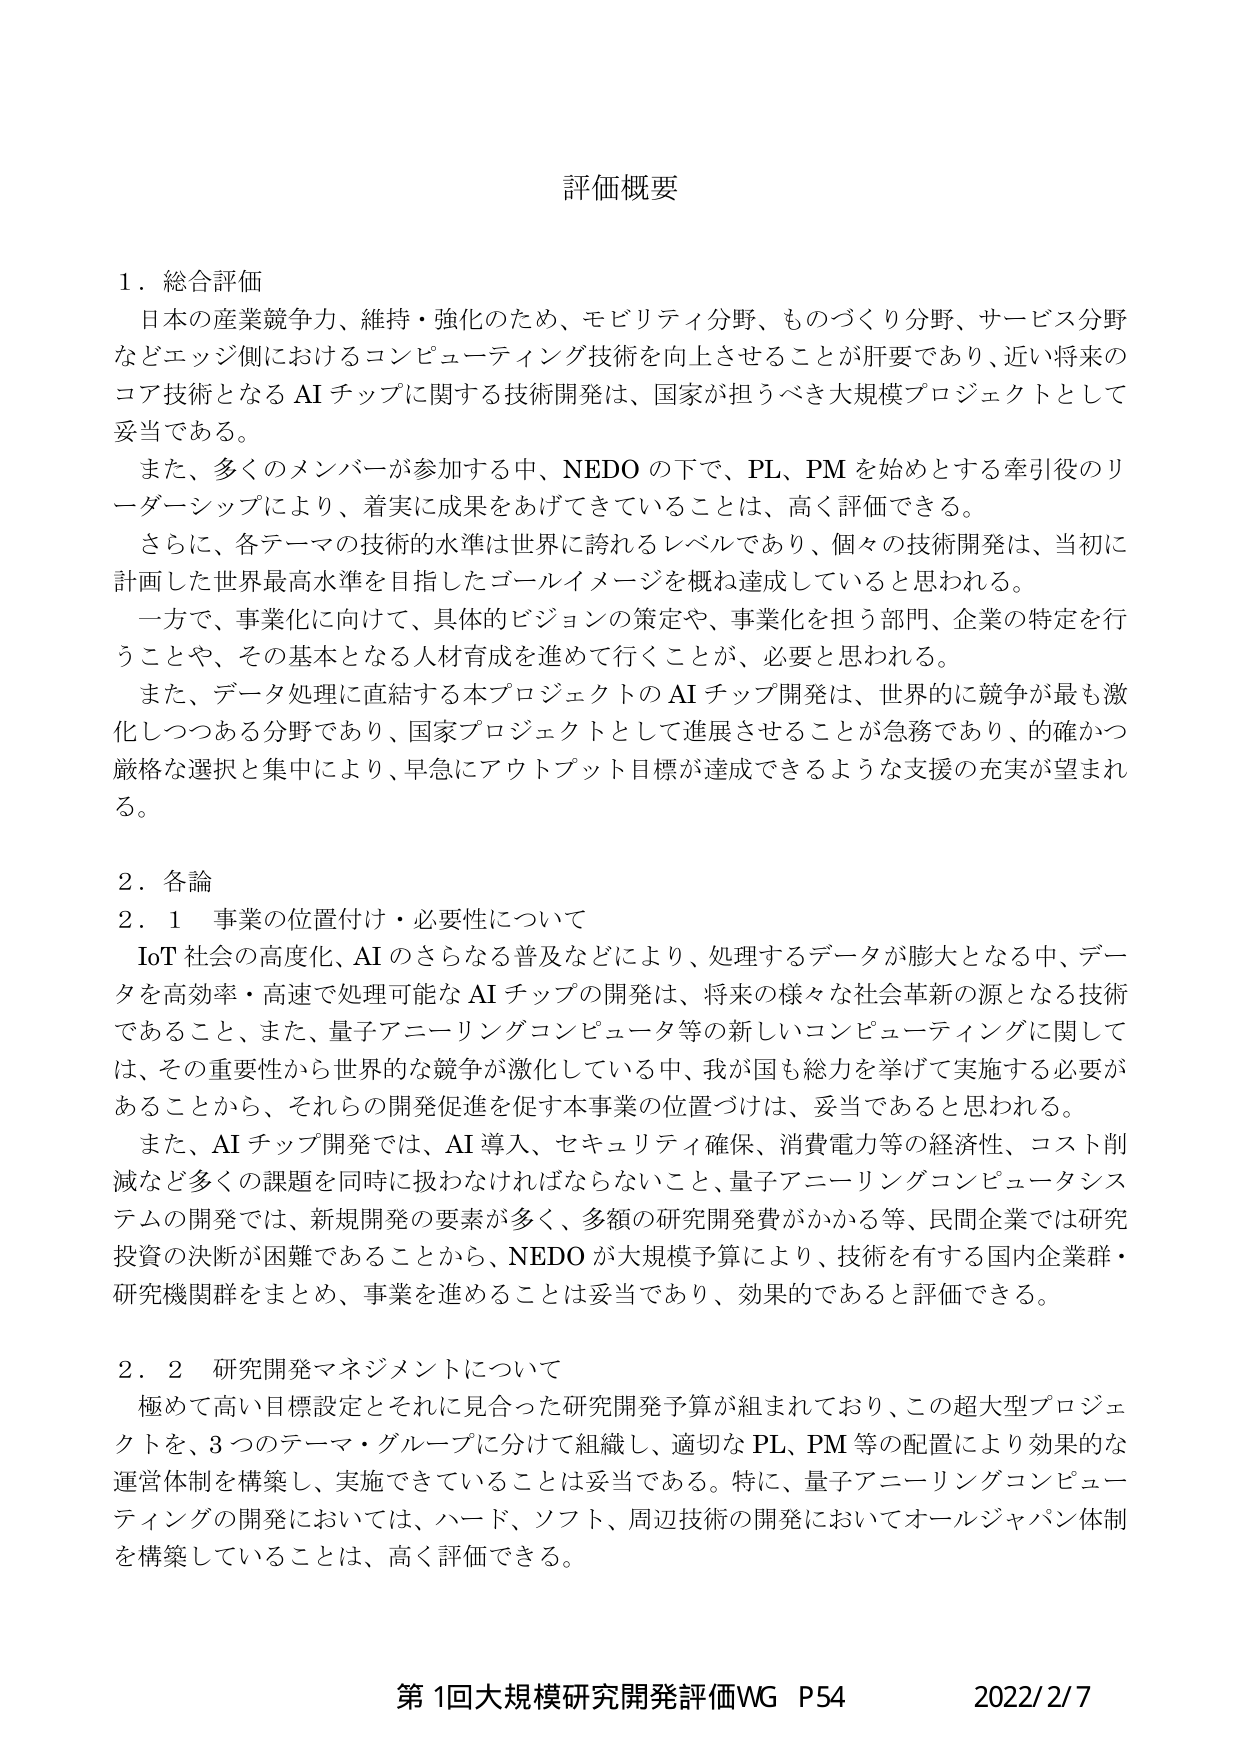
評価概要

1. 総合評価
日本の産業競争力、維持・強化のため、モビリティ分野、ものづくり分野、サービス分野などエッジ側におけるコンピューティング技術を向上させることが肝要であり、近い将来のコア技術となるAIチップに関する技術開発は、国家が担うべき大規模プロジェクトとして妥当である。
また、多くのメンバーが参加する中、NEDOの下で、PL、PMを始めとする牽引役のリーダーシップにより、着実に成果をあげてきていることは、高く評価できる。
さらに、各テーマの技術的水準は世界に誇れるレベルであり、個々の技術開発は、当初に計画した世界最高水準を目指したゴールイメージを概ね達成していると思われる。
一方で、事業化に向けて、具体的ビジョンの策定や、事業化を担う部門、企業の特定を行うことや、その基本となる人材育成を進めて行くことが、必要と思われる。
また、データ処理に直結する本プロジェクトのAIチップ開発は、世界的に競争が最も激化しつつある分野であり、国家プロジェクトとして進展させることが急務であり、的確かつ厳格な選択と集中により、早急にアウトプット目標が達成できるような支援の充実が望まれる。

2. 各論
2.1 事業の位置付け・必要性について
IoT社会の高度化、AIのさらなる普及などにより、処理するデータが膨大となる中、データを高効率・高速で処理可能なAIチップの開発は、将来の様々な社会革新の源となる技術であること、また、量子アニーリングコンピュータ等の新しいコンピューティングに関しては、その重要性から世界的な競争が激化している中、我が国も総力を挙げて実施する必要があることから、それらの開発促進を促す本事業の位置づけは、妥当であると思われる。
また、AIチップ開発では、AI導入、セキュリティ確保、消費電力等の経済性、コスト削減など多くの課題を同時に扱わなければならないこと、量子アニーリングコンピュータシステムの開発では、新規開発の要素が多く、多額の研究開発費がかかる等、民間企業では研究投資の決断が困難であることから、NEDOが大規模予算により、技術を有する国内企業群・研究機関群をまとめ、事業を進めることは妥当であり、効果的であると評価できる。

2.2 研究開発マネジメントについて
極めて高い目標設定とそれに見合った研究開発予算が組まれており、この超大型プロジェクトを、3つのテーマ・グループに分けて組織し、適切なPL、PM等の配置により効果的な運営体制を構築し、実施できていることは妥当である。特に、量子アニーリングコンピューティングの開発においては、ハード、ソフト、周辺技術の開発においてオールジャパン体制を構築していることは、高く評価できる。

第1回大規模研究開発評価WG P54 2022/2/7